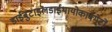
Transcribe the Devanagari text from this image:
डाईबुटाइलडाईथायोकार्बमेटों